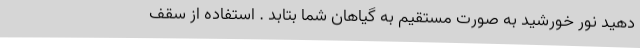
دهید نور خورشید به صورت مستقیم به گیاهان شما بتابد . استفاده از سقف